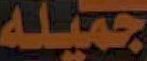
جميله